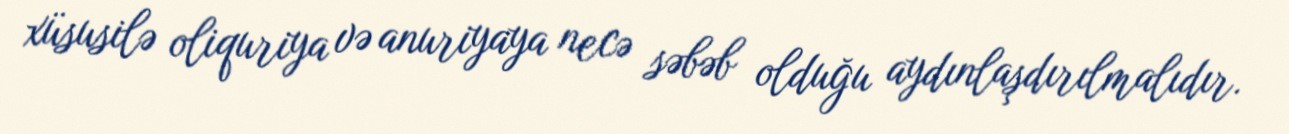
xüsusilə oliquriya və anuriyaya necə səbəb olduğu aydınlaşdırılmalıdır.